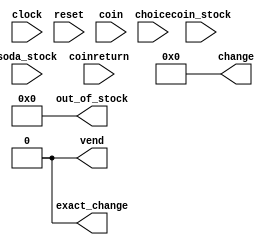
`timescale 1ns / 1ps
//////////////////////////////////////////////////////////////////////////////////
// Company: 
// Engineer: 
// 
// Design Name: 
// Module Name: homework3_vending_machine_top
// Project Name: 
// Target Devices: 
// Tool Versions: 
// Description: 
// 
// Dependencies: 
// 
// Revision:
// Revision 0.01 - File Created
// Additional Comments:
// 
//////////////////////////////////////////////////////////////////////////////////
`define NICKEL 7'b0000101
`define DIME 7'b0001010
`define QUARTER 7'b0011001
`define HALFDOLLAR 7'b0110010
`define DOLLAR 7'b1100100
`define NORMAL 2'b00
`define VEND 2'b01
`define COIN_RETURN 2'b10

module homework3_vending_machine_top 
    (
    input clock,
    input reset,
    input [4:0] coin_stock,         // external input for available coins at any time
    input [5:0] soda_stock,         // external input for available sodas at any time
    input [6:0] coin,               // decimal value of coin is the coin inserted
    input [2:0] choice,             // 6 soda choices
    input coinreturn,               // coin return button 
    output reg vend = 0,                // signal to vend 
    output reg [6:0] change = 0,        // decimal value is the coin to be returned
    output reg exact_change = 0,        // simulated LED for exact change only needed
    output reg [5:0] out_of_stock = 0   // simulated LEDS for out of stock options
    );
 
    
    reg [1:0] state = 0;
    reg [1:0] next_state = 0;
    reg [32:0] current_change = 0;
    
    // The actual state machine's changing of states on clock ticks 
    always @ (posedge clock) begin
        if (reset) begin
            state <= `NORMAL; 
        end 
        else begin
            state <= next_state;
        end
    end
    
    // The state machine
    always @ (*) begin
    
        case (state)
            
            `NORMAL:
            begin
                current_change <= coin;
                vend <= 0;
            end
            
            `VEND:
            begin
            
            end
            
            `COIN_RETURN:
            begin
            
            end
            
        endcase
    
    end
    
    
    
endmodule // homework3_vending_machine_top